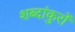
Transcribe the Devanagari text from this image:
शब्दांकुरों